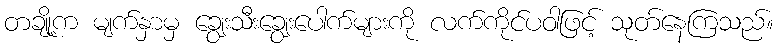
တချို့က မျက်နှာမှ ချွေးသီးချွေးပေါက်များကို လက်ကိုင်ပဝါဖြင့် သုတ်နေကြသည်။